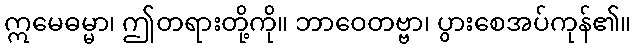
ဣမေဓမ္မာ၊ ဤတရားတို့ကို။ ဘာဝေတဗ္ဗာ၊ ပွားစေအပ်ကုန်၏။